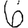
Digit: 6